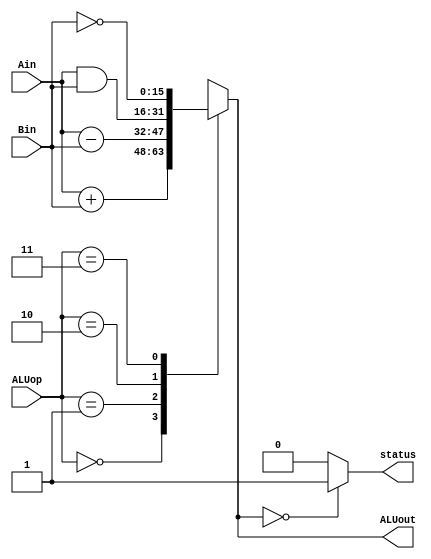
module ALU(Ain,Bin,ALUop,ALUout,status);

	input [15:0] Ain,Bin;
	input [1:0] ALUop;
	output reg status;
	output reg [15:0] ALUout;

	always@(*)begin
		case(ALUop)
		 2'b00: ALUout = Ain + Bin;
		 2'b01: ALUout = Ain - Bin;
		 2'b10: ALUout = Ain & Bin;
		 2'b11: ALUout =  ~Bin;
		endcase
	end
	
	always@(*)begin
		case(ALUout)
		 16'b0: status = 1'b1;
		 default: status = 1'b0;
		endcase
	end
endmodule